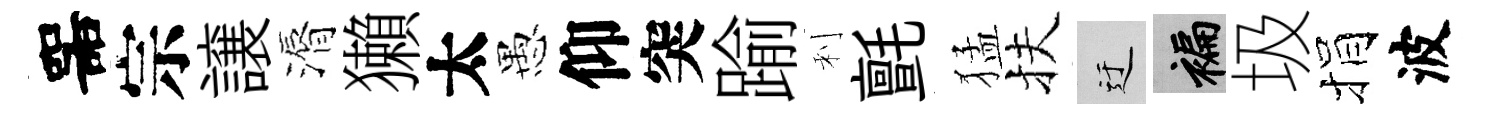
噐宗譲漘獺太愚仰突踰利氈猛扶迂褊圾捐波